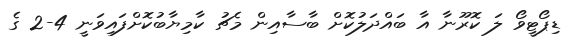
ޑިޕޯޓީވޯ ލަ ކޮރޫނާ އާ ބައްދަލުކޮށް ބާސާއިން މެޗު ކާމިޔާބުކޮށްފައިވަނީ 4-2 ގެ